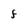
Character: F